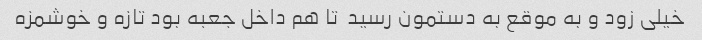
خیلی زود و به موقع به دستمون رسید  تا هم داخل جعبه بود تازه و خوشمزه